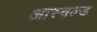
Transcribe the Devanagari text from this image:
आस्वल्ड